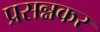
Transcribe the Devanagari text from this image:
प्रसन्नकर